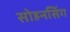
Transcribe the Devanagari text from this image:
सोहनसिंग